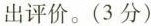
出评价。（3分）